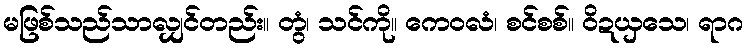
မဖြစ်သည်သာလျှင်တည်း။ တွံ၊ သင်ကို။ ကေဝလံ၊ စင်စစ်။ ဝိဍယှသေ၊ ရာဂ